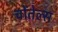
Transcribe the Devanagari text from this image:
चोंतेल्स